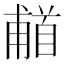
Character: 𬳗